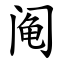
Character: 阄